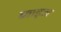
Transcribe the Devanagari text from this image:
ब्वाइज